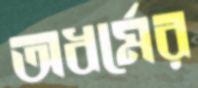
অধর্মের